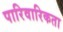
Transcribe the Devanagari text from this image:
पारिवारिकता